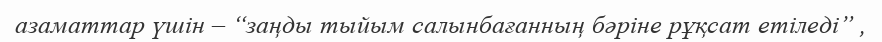
азаматтар үшін – “заңды тыйым салынбағанның бәріне рұқсат етіледі” ,